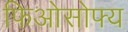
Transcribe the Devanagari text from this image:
फिओसोफ्य